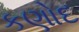
કણોદ